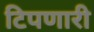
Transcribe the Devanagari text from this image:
टिपणारी